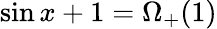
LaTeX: \sin x+1=\Omega_{+}(1)